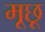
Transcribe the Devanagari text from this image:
मूछू